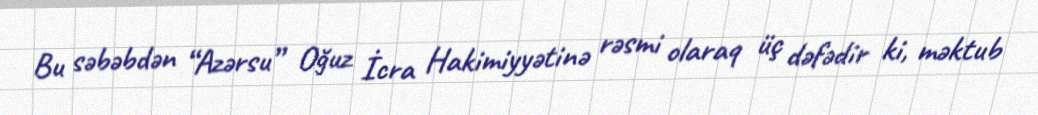
Bu səbəbdən “Azərsu” Oğuz İcra Hakimiyyətinə rəsmi olaraq üç dəfədir ki, məktub